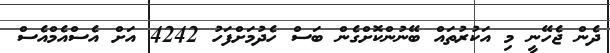
ދެން ޖެހޭނީ މި އަކުރުތައް ބޭނުންކޮށްގެން ބަސް ހެދުމަށްފަހު 4242 އަށް އެސްއެމްއެސް